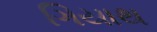
ગિયાથ